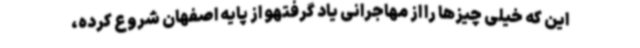
این که خیلی چیزها را از مهاجرانی یاد گرفتهو از پایه اصفهان شروع کرده،